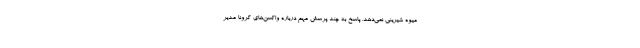
میوه شیرینی نمی‌دهد. پاسخ به چند پرسش مهم درباره واکسن‌های کرونا مدیر